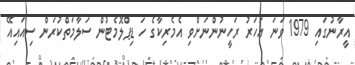
އީރާނުގައި 1979 ވަނަ އަހަރު ރަހީނުންނަށްވި އެމެރިކާގެ ހަ ޑިޕްލޮމެޓުން ސަލާމަތްކުރަން ސިއައިއޭ